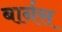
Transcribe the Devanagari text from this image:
बार्नस